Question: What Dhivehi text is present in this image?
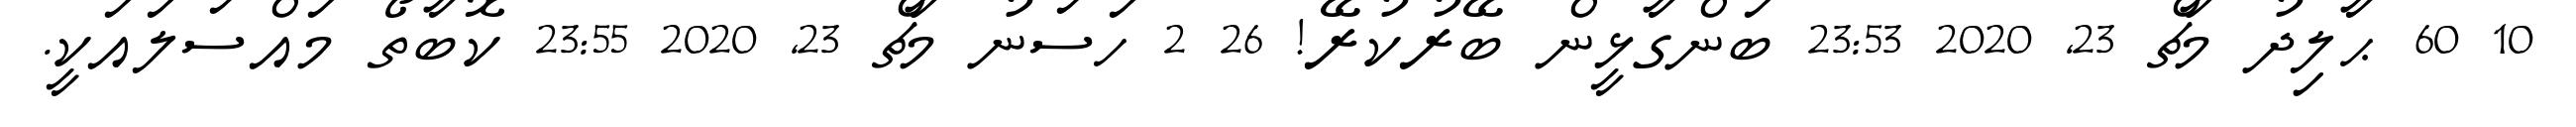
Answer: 10 60 ޙާލިދު މާޗް 23, 2020 23:53 ބަންގާޅީން ބޭރުކުރޭ! 26 2 ހަސަނު މާޗް 23, 2020 23:55 ކޮބާތޯ މައްސަލައަކީ.